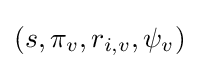
(s,\pi _{v},r_{i,v},\psi _{v})